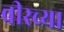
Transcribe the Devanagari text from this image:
वीरच्या